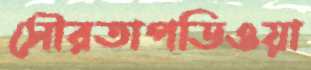
সৌরতাপডিওয়া